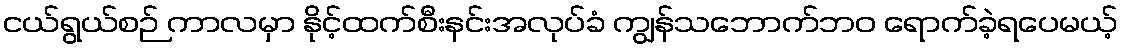
ငယ်ရွယ်စဉ် ကာလမှာ နိုင့်ထက်စီးနင်းအလုပ်ခံ ကျွန်သဘောက်ဘဝ ရောက်ခဲ့ရပေမယ့်